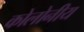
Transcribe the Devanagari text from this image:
कोलोनीय